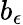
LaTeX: b_{\epsilon}